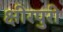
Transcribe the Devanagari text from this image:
क्षीरपुरी